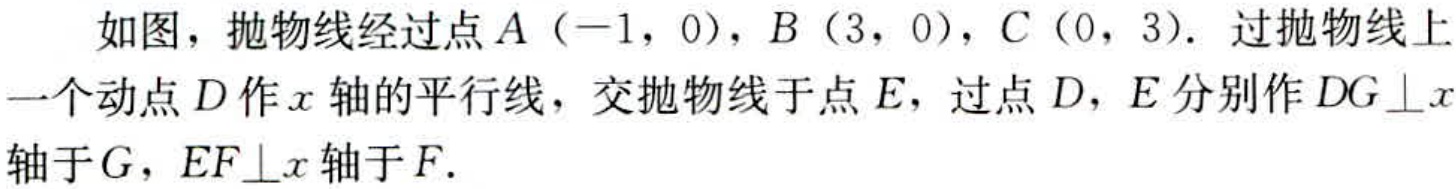
如图，抛物线经过点\(A(-1,0)\)，\(B(3,0)\)，\(C(0,3)\)．过抛物线上一个动点\(D\)作\(x\)轴的平行线，交抛物线于点\(E\)，过点\(D\)，\(E\)分别作\(DG\perp x\)轴于\(G\)，\(EF\perp x\)轴于\(F\)．